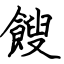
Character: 餿